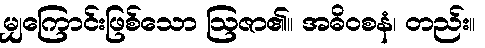
မျှကြောင်းဖြစ်သော ဩဇာ၏။ အဓိဝစနံ၊ တည်း။